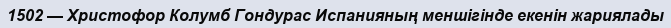
1502 — Христофор Колумб Гондурас Испанияның меншігінде екенін жариялады